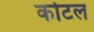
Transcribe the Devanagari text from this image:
कोटल